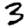
Digit: 3